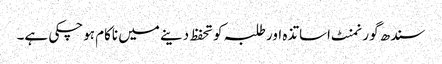
سندھ گورنمنٹ اساتذہ اور طلبہ کو تحفظ دینے میں ناکام ہوچکی ہے۔